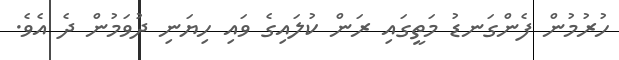
ހުރުމުން ފެންގަނޑު މަތީގައި ރަން ކުލައިގެ ވައި ހިޔަނި ދުވަމުން ދެ އެވެ.